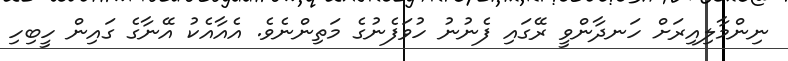
ނިންމާލިއިރަށް ހަނދާންވީ ރޭގައި ފެނުނު ހުވަފެނުގެ މަތިންނެވެ. އެއާއެކު އޭނާގެ ގައިން ހީބިހި